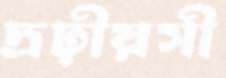
দ্রঢ়ীয়সী